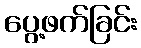
ပွေ့ဖက်ခြင်း